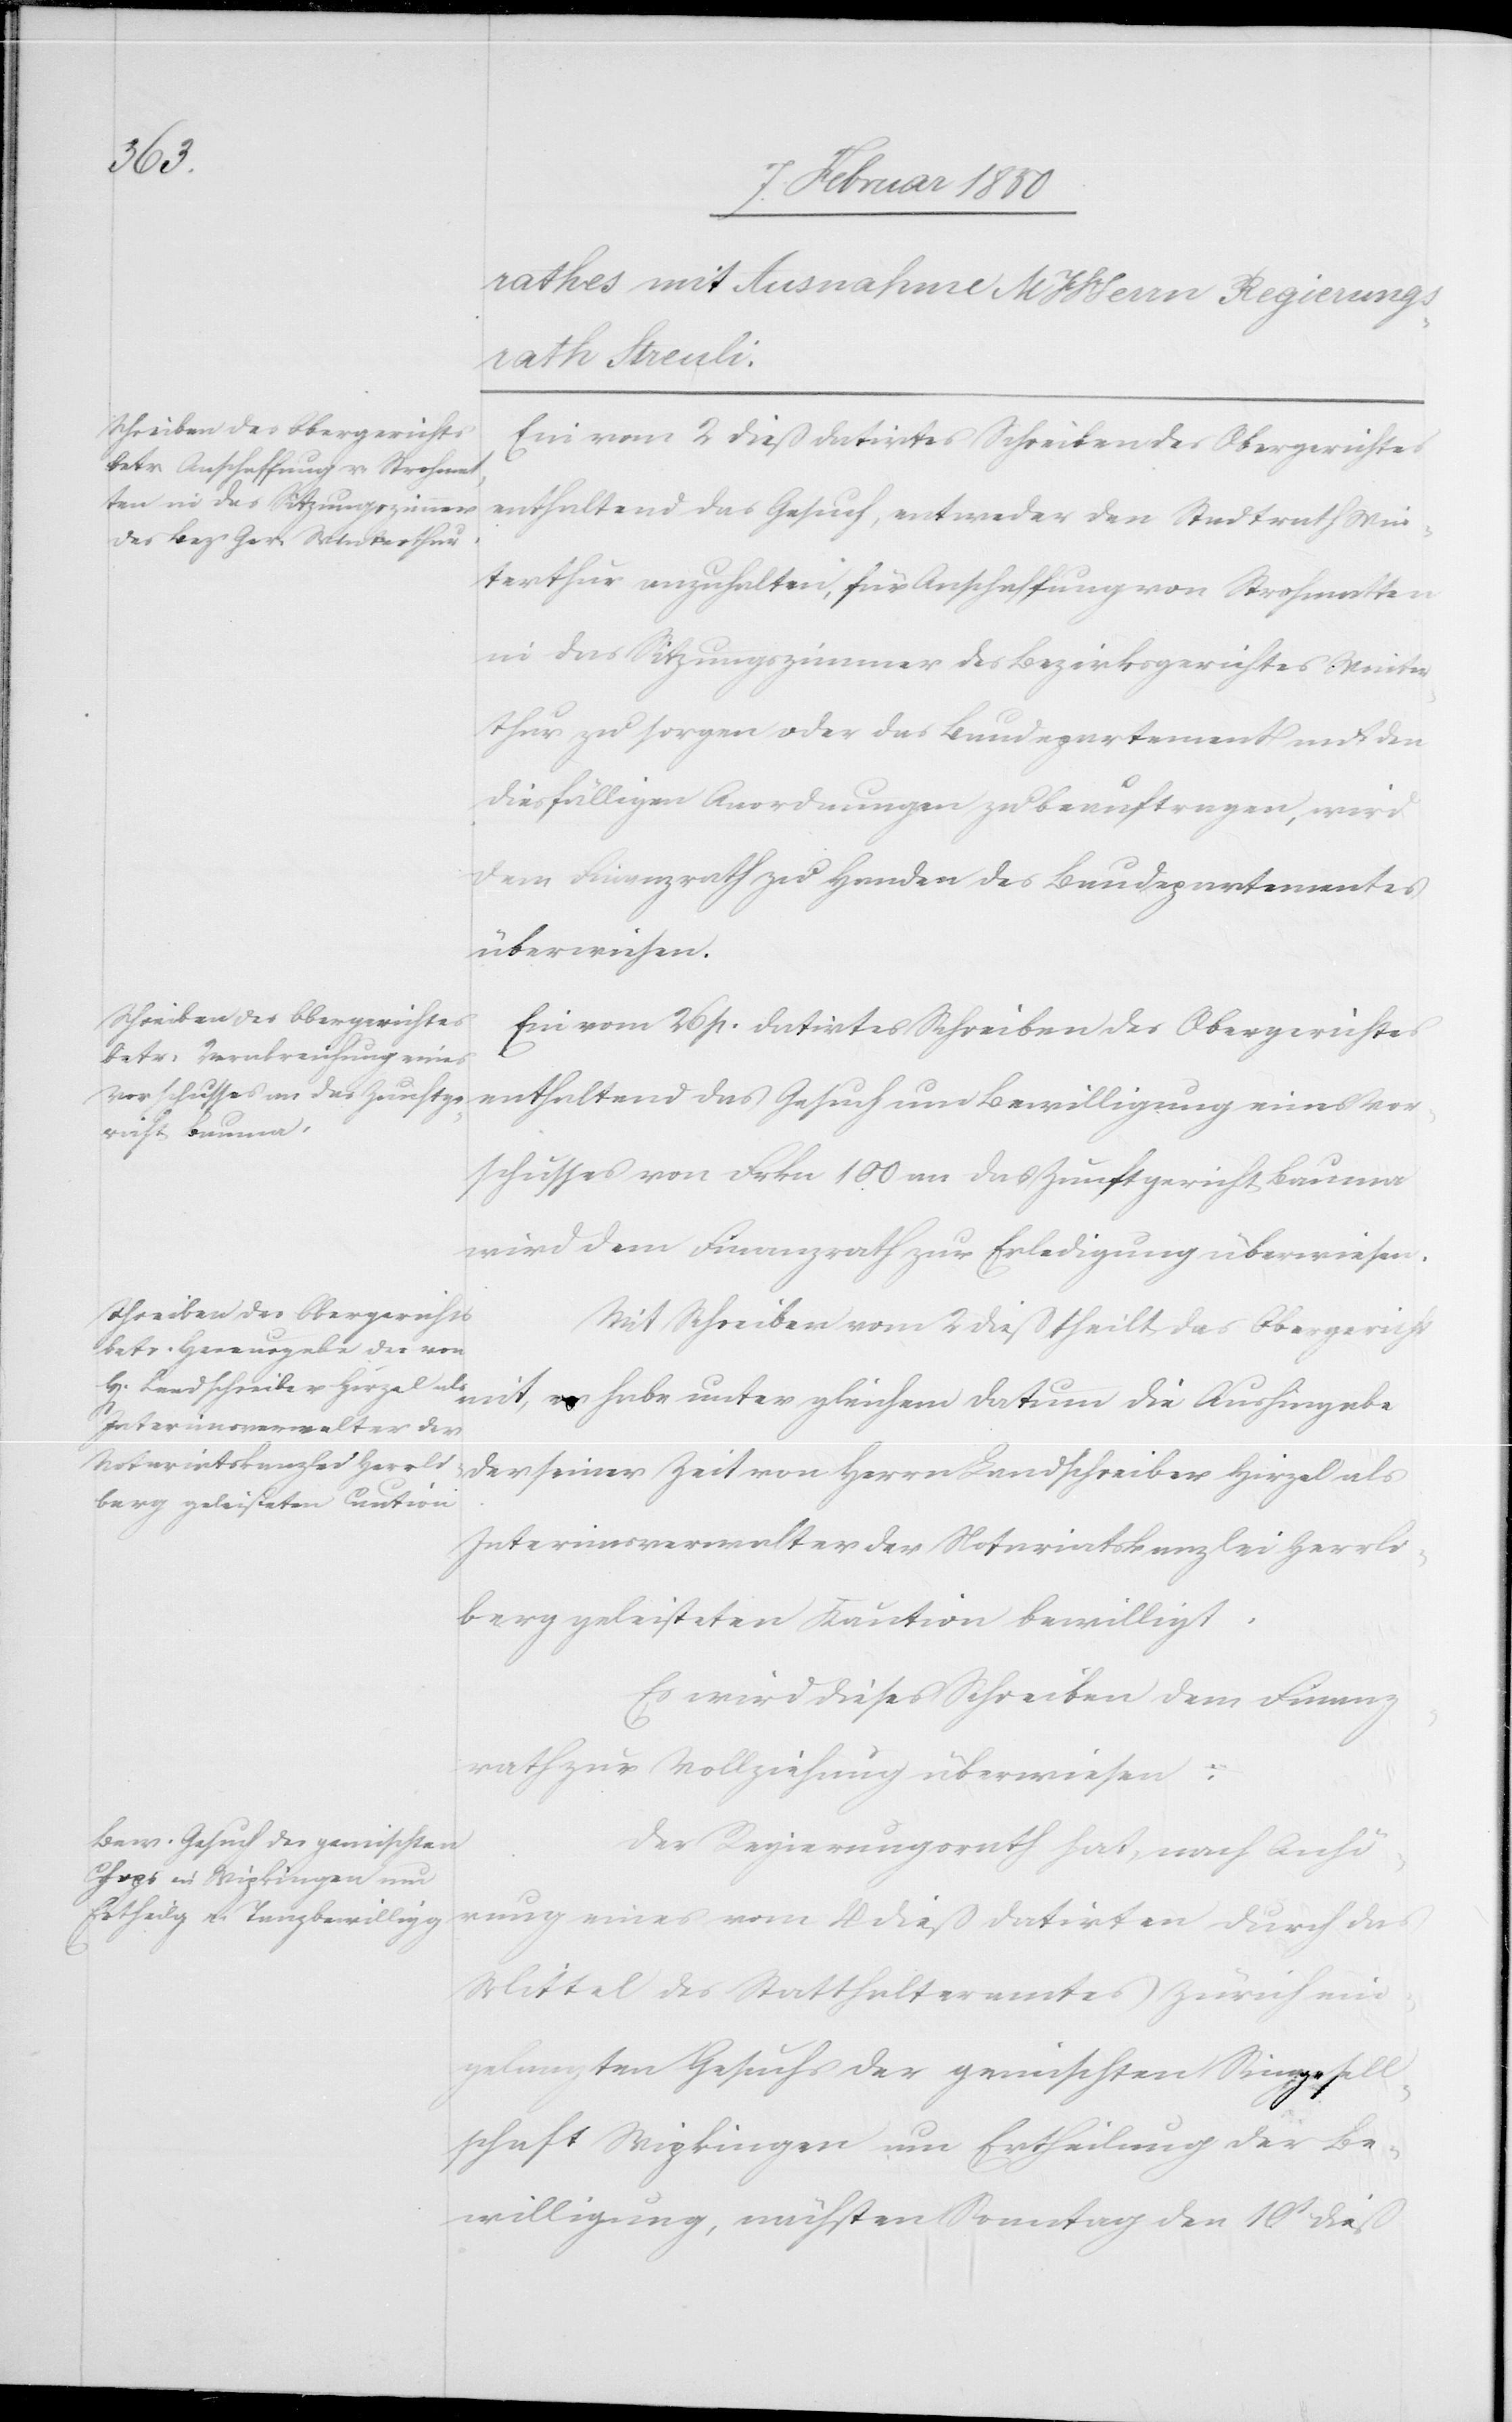
die
Ein vom 2 dieß datirtes Schreiben des Obergerichtes
enthaltend das Gesuch, entweder den Stadtrath Win¬
terthur anzuhalten, für Anschaffung von Strohmatten
in das Sitzungszimmer des Bezirksgerichtes Winter¬
thur zu sorgen oder das Baudepartement mit den
diesfälligen Anordnungen zu beauftragen, wird
dem Finanzrath zu Handen des Baudepartementes
überwiesen.
Ein vom 26 p. datirtes Schreiben des Obergerichtes
enthaltend das Gesuch um Bewilligung eines Vor¬
schusses von Frkn 100 an das Zunftgericht Bauma
wird dem Finanzrath zur Erledigung überwiesen.
Mit Schreiben vom 2 dieß theilt das Obergericht
der seiner Zeit von Herrn Landschreiber Hirzel als
Interimsverwalter der Notariatskanzlei Herrli¬
berg geleisteten Kaution bewilligt.
Es wird dieses Schreiben dem Finanz¬
rath zur Vollziehung überwiesen:
Der Regierungsrath hat, nach Anhö¬
rung eines vom 4 dieß datirten durch das
Mittel des Statthalteramtes Zürich ein¬
gelangten Gesuchs der gemischten Singgesell¬
schaft Wipkingen um Ertheilung der Be¬
willigung, nächsten Sonntag den 10t dieß